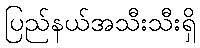
ပြည်နယ်အသီးသီးရှိ